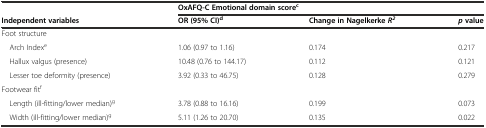
<table><thead><tr><td>[EMPTY_CELL]</td><td colspan="3"><b>OxAFQ-C Emotional domain score<sup>c</sup></b></td></tr><tr><td><b>Independent variables</b></td><td><b>OR (95% CI)<sup>d</sup></b></td><td><b>Change in Nagelkerke<i>R</i><sup><i>2</i></sup></b></td><td><b><i>p</i>value</b></td></tr></thead><tbody><tr><td>Foot structure</td><td>[EMPTY_CELL]</td><td>[EMPTY_CELL]</td><td>[EMPTY_CELL]</td></tr><tr><td> Arch Index<sup>e</sup></td><td>1.06 (0.97 to 1.16)</td><td>0.174</td><td>0.217</td></tr><tr><td> Hallux valgus (presence)</td><td>10.48 (0.76 to 144.17)</td><td>0.112</td><td>0.121</td></tr><tr><td> Lesser toe deformity (presence)</td><td>3.92 (0.33 to 46.75)</td><td>0.128</td><td>0.279</td></tr><tr><td>Footwear fit<sup>f</sup></td><td>[EMPTY_CELL]</td><td>[EMPTY_CELL]</td><td>[EMPTY_CELL]</td></tr><tr><td> Length (ill-fitting/lower median)<sup>g</sup></td><td>3.78 (0.88 to 16.16)</td><td>0.199</td><td>0.073</td></tr><tr><td> Width (ill-fitting/lower median)<sup>g</sup></td><td>5.11 (1.26 to 20.70)</td><td>0.135</td><td>0.022</td></tr></tbody></table>